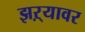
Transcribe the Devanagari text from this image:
झऱ्यावर